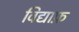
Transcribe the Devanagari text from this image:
विद्याफ़